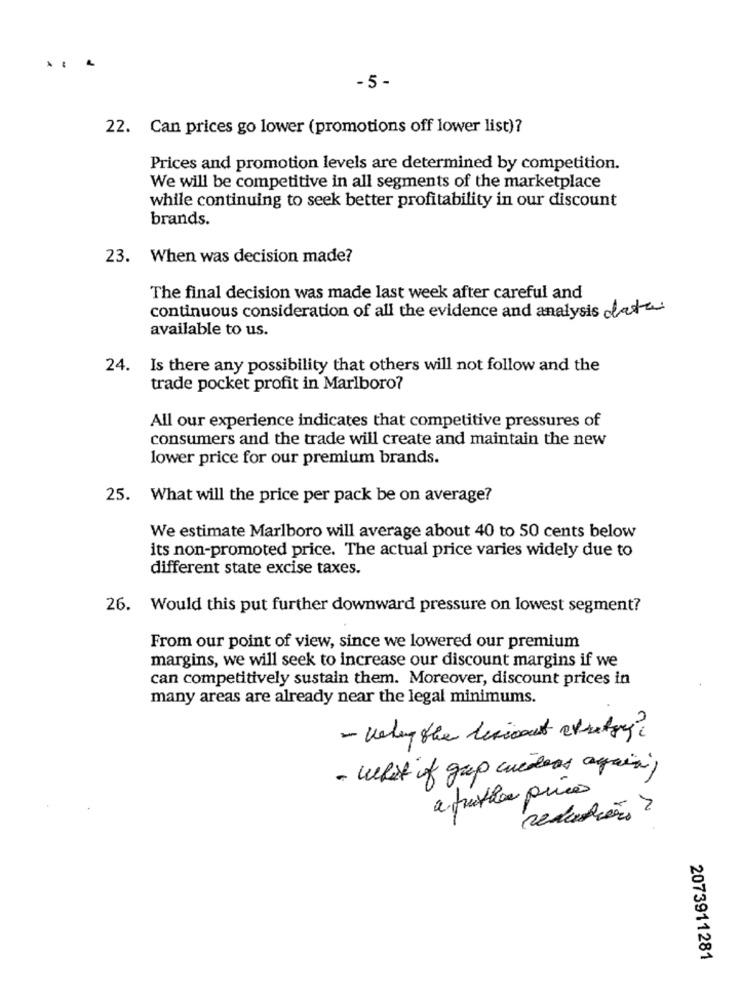
...
-5 -
22. Can prices go lower (promotions off lower list)?
Prices and promotion levels are determined by competition.
We will be competitive in all segments of the marketplace
while continuing to seek better profitability in our discount
brands.
23. When was decision made?
The final decision was made last week after careful and
continuous consideration of all the evidence and analysis data
available to us.
24. Is there any possibility that others will not follow and the
trade pocket profit in Marlboro?
All our experience indicates that competitive pressures of
consumers and the trade will create and maintain the new
lower price for our premium brands.
25. What will the price per pack be on average?
We estimate Marlboro will average about 40 to 50 cents below
its non-promoted price. The actual price varies widely due to
different state excise taxes.
26. Would this put further downward pressure on lowest segment?
From our point of view, since we lowered our premium
margins, we will seek to increase our discount margins if we
can competitively sustain them. Moreover, discount prices in
many areas are already near the legal minimums.
- what if gap cuerdas again;
a fruthe prices
reduction ?
2073911281